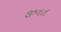
જીનત